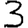
Digit: 3